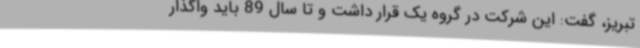
تبریز، گفت: این شرکت در گروه یک قرار داشت و تا سال 89 باید واگذار